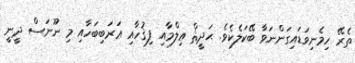
ތެރޭ ހިމެނިވަޑައިގަންނަވާ ބޭކަލެކެވެ. ޙަދީޘް ޢިލްމާއި ފިޤުހާއި ޢަރަބިބަހާއި މި ނޫނަސް ދީނީ